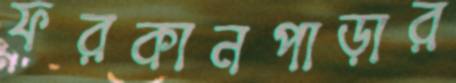
ফরকানপাড়ার